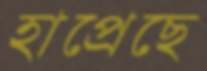
হাপ্‌রেছে